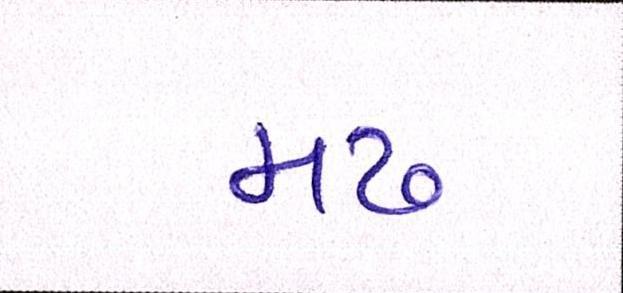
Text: મઢ